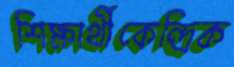
শিক্ষার্থীকেন্দ্রিক